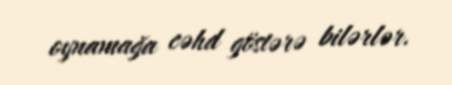
oynamağa cəhd göstərə bilərlər.